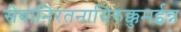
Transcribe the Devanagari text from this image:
सेवानिरतनायिरुक्कुमईन्न